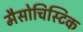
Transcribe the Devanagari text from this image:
मैसोचिस्टिक